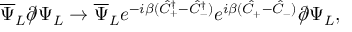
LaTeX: \overline { { { \Psi } } } _ { L } \partial \! \! \! / \Psi _ { L } \to \overline { { { \Psi } } } _ { L } e ^ { - i \beta ( \hat { C } _ { + } ^ { \dagger } - \hat { C } _ { - } ^ { \dagger } ) } e ^ { i \beta ( \hat { C } _ { + } - \hat { C } _ { - } ) } \partial \! \! \! / \Psi _ { L } ,